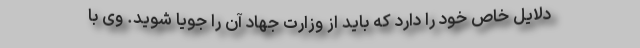
دلایل خاص خود را دارد که باید از وزارت جهاد آن را جویا شوید. وی با